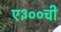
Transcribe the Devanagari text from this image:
ए३००ची